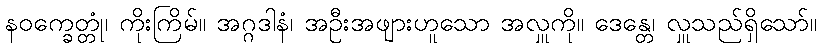
နဝက္ခေတ္တုံ၊ ကိုးကြိမ်။ အဂ္ဂဒါနံ၊ အဦးအဖျားဟူသော အလှူကို။ ဒေန္တေ၊ လှူသည်ရှိသော်။